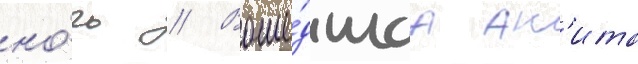
но́чь // Воше́дшаа ан'ита